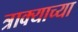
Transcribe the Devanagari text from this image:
त्राक्याच्या